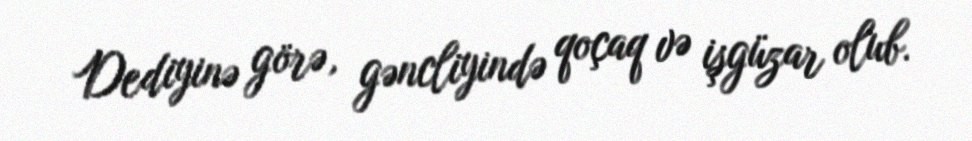
Dediyinə görə, gəncliyində qoçaq və işgüzar olub.